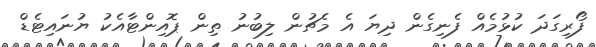
ފޯރިގަދަ ކުޅުމެއް ފެނިގެން ދިޔަ އެ މެޗުން ލިބުނު ތިން ޕޮއިންޓާއެކު ޔުނައިޓެޑް